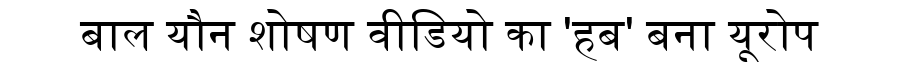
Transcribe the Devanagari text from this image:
बाल यौन शोषण वीडियो का 'हब' बना यूरोप